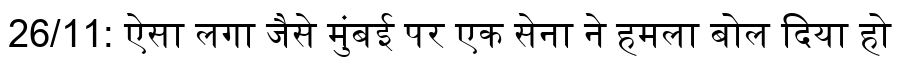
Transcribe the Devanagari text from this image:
26/11: ऐसा लगा जैसे मुंबई पर एक सेना ने हमला बोल दिया हो